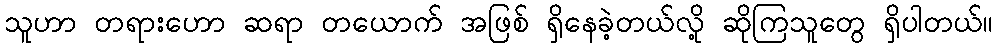
သူဟာ တရားဟော ဆရာ တယောက် အဖြစ် ရှိနေခဲ့တယ်လို့ ဆိုကြသူတွေ ရှိပါတယ်။